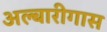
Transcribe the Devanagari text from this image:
अल्बारीगास